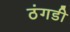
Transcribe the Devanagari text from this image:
ठंगडी